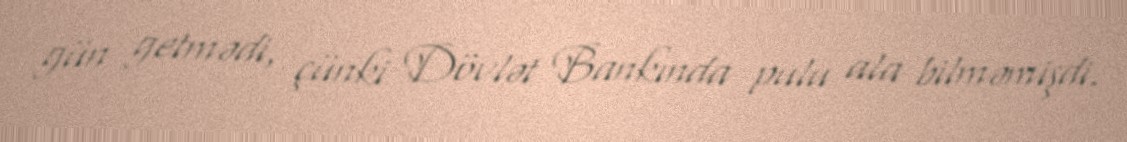
gün getmədi, çünki Dövlət Bankında pulu ala bilməmişdi.